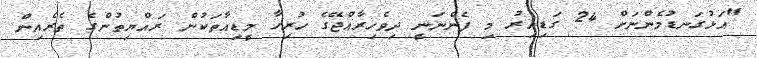
"އަޅުގަނޑުމެންނަށް 24 ގަޑިއިރު މި ފެންނަނީ ދިވެހިރާއްޖޭގެ ހުރިހާ މީޑިއާތަކުން ރައްޔިތުންގެ ތެރެއިން